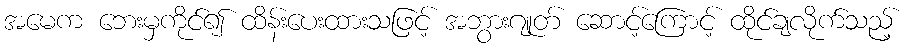
အမေက ဘေးမှကိုင်၍ ထိန်းပေးထားသဖြင့် အဘွားဂျုတ် ဆောင့်ကြောင့် ထိုင်ချလိုက်သည့်